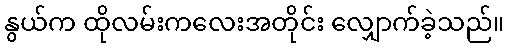
နွယ်က ထိုလမ်းကလေးအတိုင်း လျှောက်ခဲ့သည်။